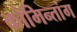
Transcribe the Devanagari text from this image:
कोमिन्तांग